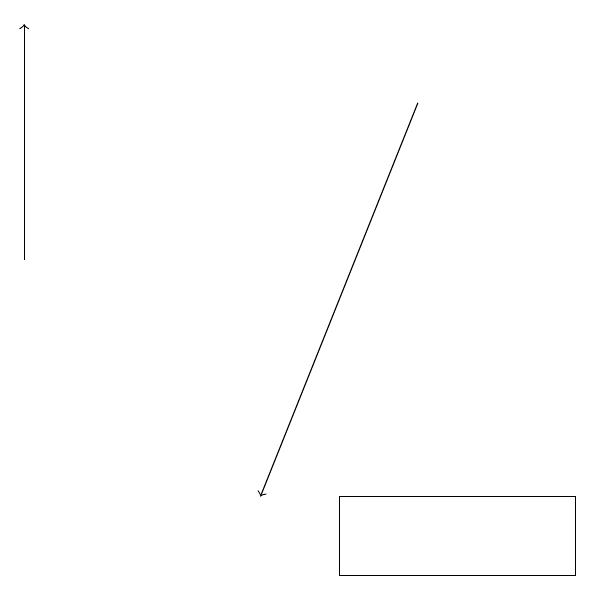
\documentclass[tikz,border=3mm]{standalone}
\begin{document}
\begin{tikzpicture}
\draw (4,12) rectangle (7,11);
\draw[->] (0,15) -- (0,18);
\draw[->] (5,17) -- (3,12);
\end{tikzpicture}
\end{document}